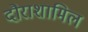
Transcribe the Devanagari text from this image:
दौराशामिल